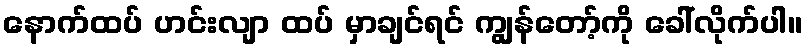
နောက်ထပ် ဟင်းလျာ ထပ် မှာချင်ရင် ကျွန်တော့်ကို ခေါ်လိုက်ပါ။